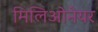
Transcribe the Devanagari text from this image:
मिलिओनेयर